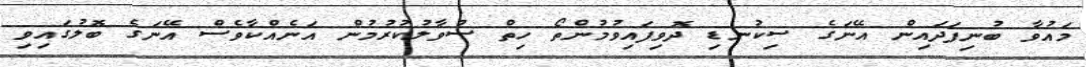
މައުވާ ބުނިފަދައިން އޭނަގެ ސިކުނޑި ދޮވިފައިވުމުންތޯ ހިތް ސުވާލުކުރުމުން އަނެއްކާވެސް އޭނަގެ ބޮލުގައިވި